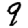
Digit: 9